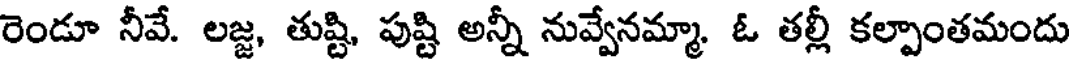
రెండూ నీవే. లజ్జ, తుష్టి, పుష్టి అన్నీ నువ్వేనమ్మా. ఓ తల్లీ కల్పాంతమందు